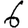
Digit: 6